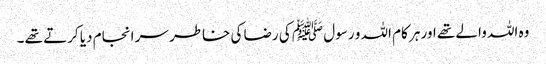
وہ اللہ والے تھے اور ہر کام اللہ و رسول ﷺ کی رضا کی خاطر سر انجام دیا کرتے تھے ۔